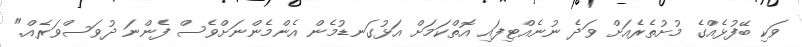
ވަކި ބޭފުޅެއްގެ މުށުތެރެއަށް ވަދެ ނުނެއްޓިފައި އޮތްކަމަށް އަޅުގަނޑުމެން އެންމެންނަށްވެސް ފެންނަ ދުވަސްވަރެއް."